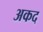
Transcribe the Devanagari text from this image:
अकद